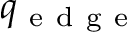
q _ { \mathrm { ~ e ~ d ~ g ~ e ~ } }